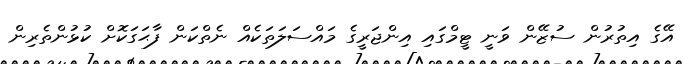
އޭގެ އިތުރުން ސުޒޭން ވަނީ ޓީމްގައި އިންޖަރީގެ މައްސަލަތަކެއް ނެތްކަން ފާޙަގަކޮށް ކުޅުންތެރިން